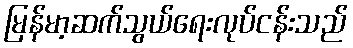
မြန်မာ့ဆက်သွယ်ရေးလုပ်ငန်းသည်